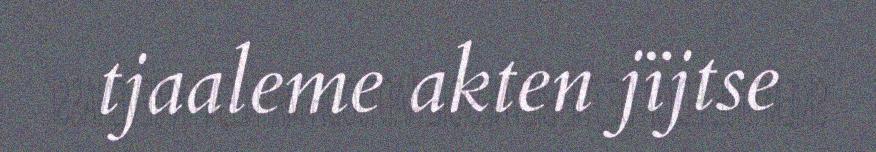
tjaaleme akten jïjtse